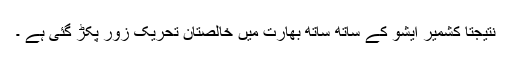
نتیجتاً کشمیر ایشو کے ساتھ ساتھ بھارت میں خالصتان تحریک زور پکڑ گئی ہے ۔